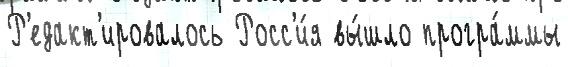
Р'едакт'ировалось Росс'и́я вы́шло програ́ммы